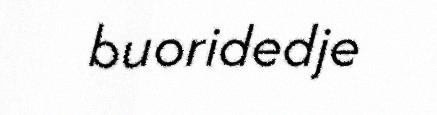
buoridedje